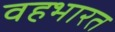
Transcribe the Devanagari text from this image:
वहभारत